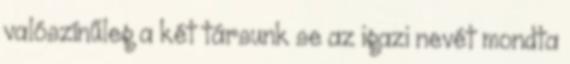
valószínűleg a két társunk se az igazi nevét mondta